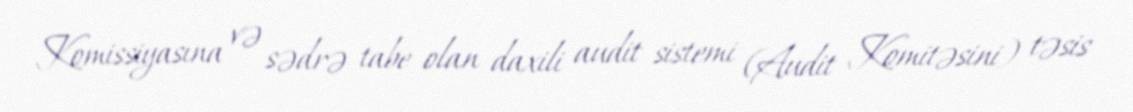
Komissiyasına və sədrə tabe olan daxili audit sistemi (Audit Komitəsini) təsis